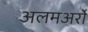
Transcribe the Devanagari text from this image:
अलमअर्रो